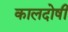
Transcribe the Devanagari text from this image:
कालदोषी